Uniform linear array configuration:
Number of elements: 32
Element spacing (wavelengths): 0.5
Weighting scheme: kaiser
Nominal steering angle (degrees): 0
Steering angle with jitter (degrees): -0.1251
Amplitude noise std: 0.05
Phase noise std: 0.05

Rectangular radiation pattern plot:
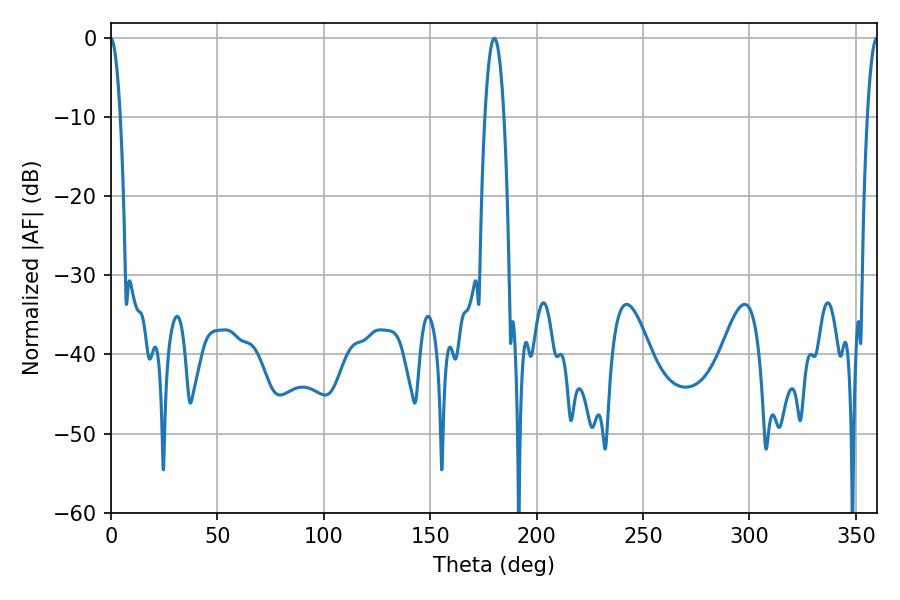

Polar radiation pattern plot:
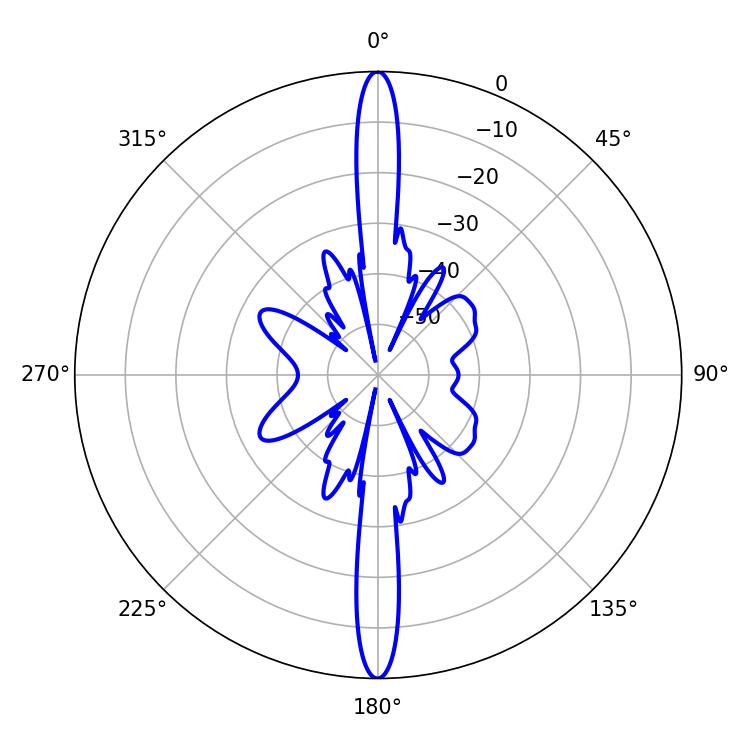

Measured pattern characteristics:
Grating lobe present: FALSE
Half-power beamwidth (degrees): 2.52
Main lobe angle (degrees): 359.82